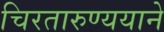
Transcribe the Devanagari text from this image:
चिरतारुण्ययाने